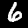
Digit: 6